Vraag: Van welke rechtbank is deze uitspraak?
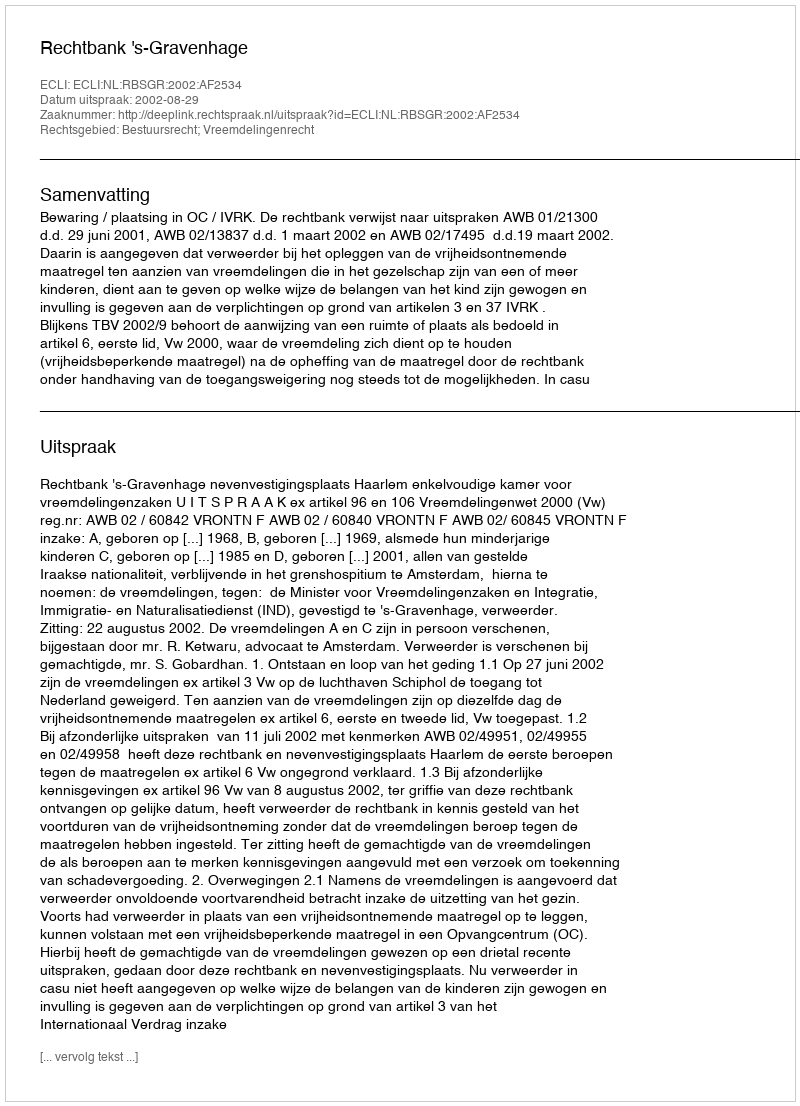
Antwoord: Rechtbank 's-Gravenhage